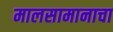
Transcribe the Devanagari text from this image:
मालसामानाचा